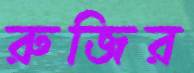
রুজির